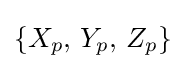
\left\{X_{p},\,Y_{p},\,Z_{p}\right\}